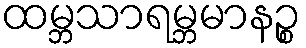
ထမ္ဘသာရမ္ဘမာနဉ္စ